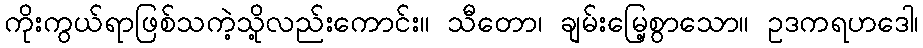
ကိုးကွယ်ရာဖြစ်သကဲ့သို့လည်းကောင်း။ သီတော၊ ချမ်းမြေ့စွာသော။ ဥဒကရဟဒေါ၊